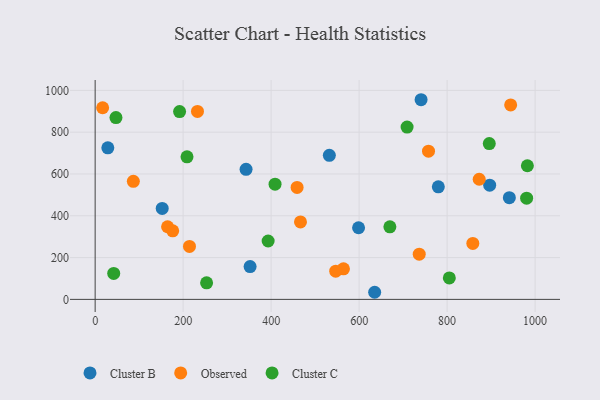
{"axis": {"x": "Speed", "y": "Sales"}, "legend": ["Cluster B", "Cluster C", "Observed"], "data": [{"x": "740.8", "y": 955.3, "type": "Cluster B"}, {"x": "532.3", "y": 689.5, "type": "Cluster B"}, {"x": "352.2", "y": 157.1, "type": "Cluster B"}, {"x": "598.7", "y": 342.7, "type": "Cluster B"}, {"x": "28.8", "y": 725.2, "type": "Cluster B"}, {"x": "152.4", "y": 435.1, "type": "Cluster B"}, {"x": "343.0", "y": 622.4, "type": "Cluster B"}, {"x": "896.7", "y": 546.3, "type": "Cluster B"}, {"x": "941.4", "y": 486.4, "type": "Cluster B"}, {"x": "780.0", "y": 538.6, "type": "Cluster B"}, {"x": "635.3", "y": 34.0, "type": "Cluster B"}, {"x": "214.4", "y": 253.3, "type": "Observed"}, {"x": "466.7", "y": 370.5, "type": "Observed"}, {"x": "164.6", "y": 347.5, "type": "Observed"}, {"x": "564.4", "y": 146.4, "type": "Observed"}, {"x": "872.9", "y": 574.7, "type": "Observed"}, {"x": "459.0", "y": 535.7, "type": "Observed"}, {"x": "176.3", "y": 328.0, "type": "Observed"}, {"x": "736.6", "y": 216.4, "type": "Observed"}, {"x": "858.4", "y": 267.7, "type": "Observed"}, {"x": "757.7", "y": 709.3, "type": "Observed"}, {"x": "17.0", "y": 916.8, "type": "Observed"}, {"x": "546.8", "y": 134.9, "type": "Observed"}, {"x": "232.6", "y": 899.5, "type": "Observed"}, {"x": "944.4", "y": 930.3, "type": "Observed"}, {"x": "86.8", "y": 564.9, "type": "Observed"}, {"x": "253.3", "y": 79.4, "type": "Cluster C"}, {"x": "408.9", "y": 551.3, "type": "Cluster C"}, {"x": "42.2", "y": 124.2, "type": "Cluster C"}, {"x": "895.8", "y": 745.3, "type": "Cluster C"}, {"x": "980.7", "y": 484.2, "type": "Cluster C"}, {"x": "191.9", "y": 898.4, "type": "Cluster C"}, {"x": "805.0", "y": 102.9, "type": "Cluster C"}, {"x": "669.9", "y": 347.2, "type": "Cluster C"}, {"x": "208.8", "y": 681.9, "type": "Cluster C"}, {"x": "47.3", "y": 870.0, "type": "Cluster C"}, {"x": "393.2", "y": 279.3, "type": "Cluster C"}, {"x": "709.0", "y": 824.3, "type": "Cluster C"}, {"x": "982.4", "y": 639.3, "type": "Cluster C"}]}